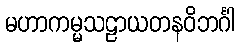
မဟာကမ္မသဠာယတနဝိဘင်္ဂါ